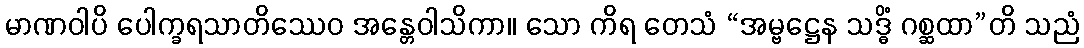
မာဏဝါပိ ပေါက္ခရသာတိဿေဝ အန္တေဝါသိကာ။ သော ကိရ တေသံ “အမ္ဗဋ္ဌေန သဒ္ဓိံ ဂစ္ဆထာ”တိ သညံ